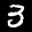
Label: 3